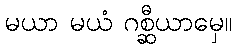
မယာ မယံ ဂစ္ဆီယာမှေ။